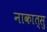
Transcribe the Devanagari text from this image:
नाकात्सु